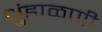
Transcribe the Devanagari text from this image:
धुंडाळणी